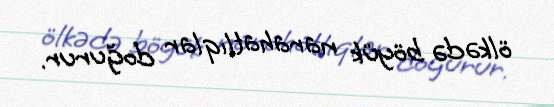
ölkədə böyük narahatlıqlar doğurur.